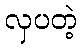
လှပတဲ့